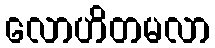
လောဟိတမလာ